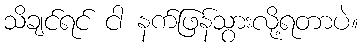
သိချင်ရင် ငါ နက်ဖြန်သွားလို့ရတာပဲ။